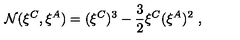
{ \cal N } ( \xi ^ { C } , \xi ^ { A } ) = ( \xi ^ { C } ) ^ { 3 } - { \frac { 3 } { 2 } } \xi ^ { C } ( \xi ^ { A } ) ^ { 2 } \ ,